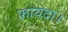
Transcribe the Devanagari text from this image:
फ़ायदा।